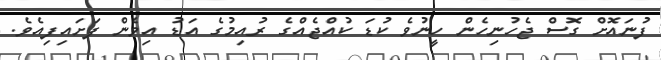
ފުނައޮށް ގޮސް ޖެހުނިހެން ހީނުވެ ކުޑަ ކުއްޖެއްގެ ރުއިމުގެ އަޑު އިވެން ފަށައިފިއެވެ.